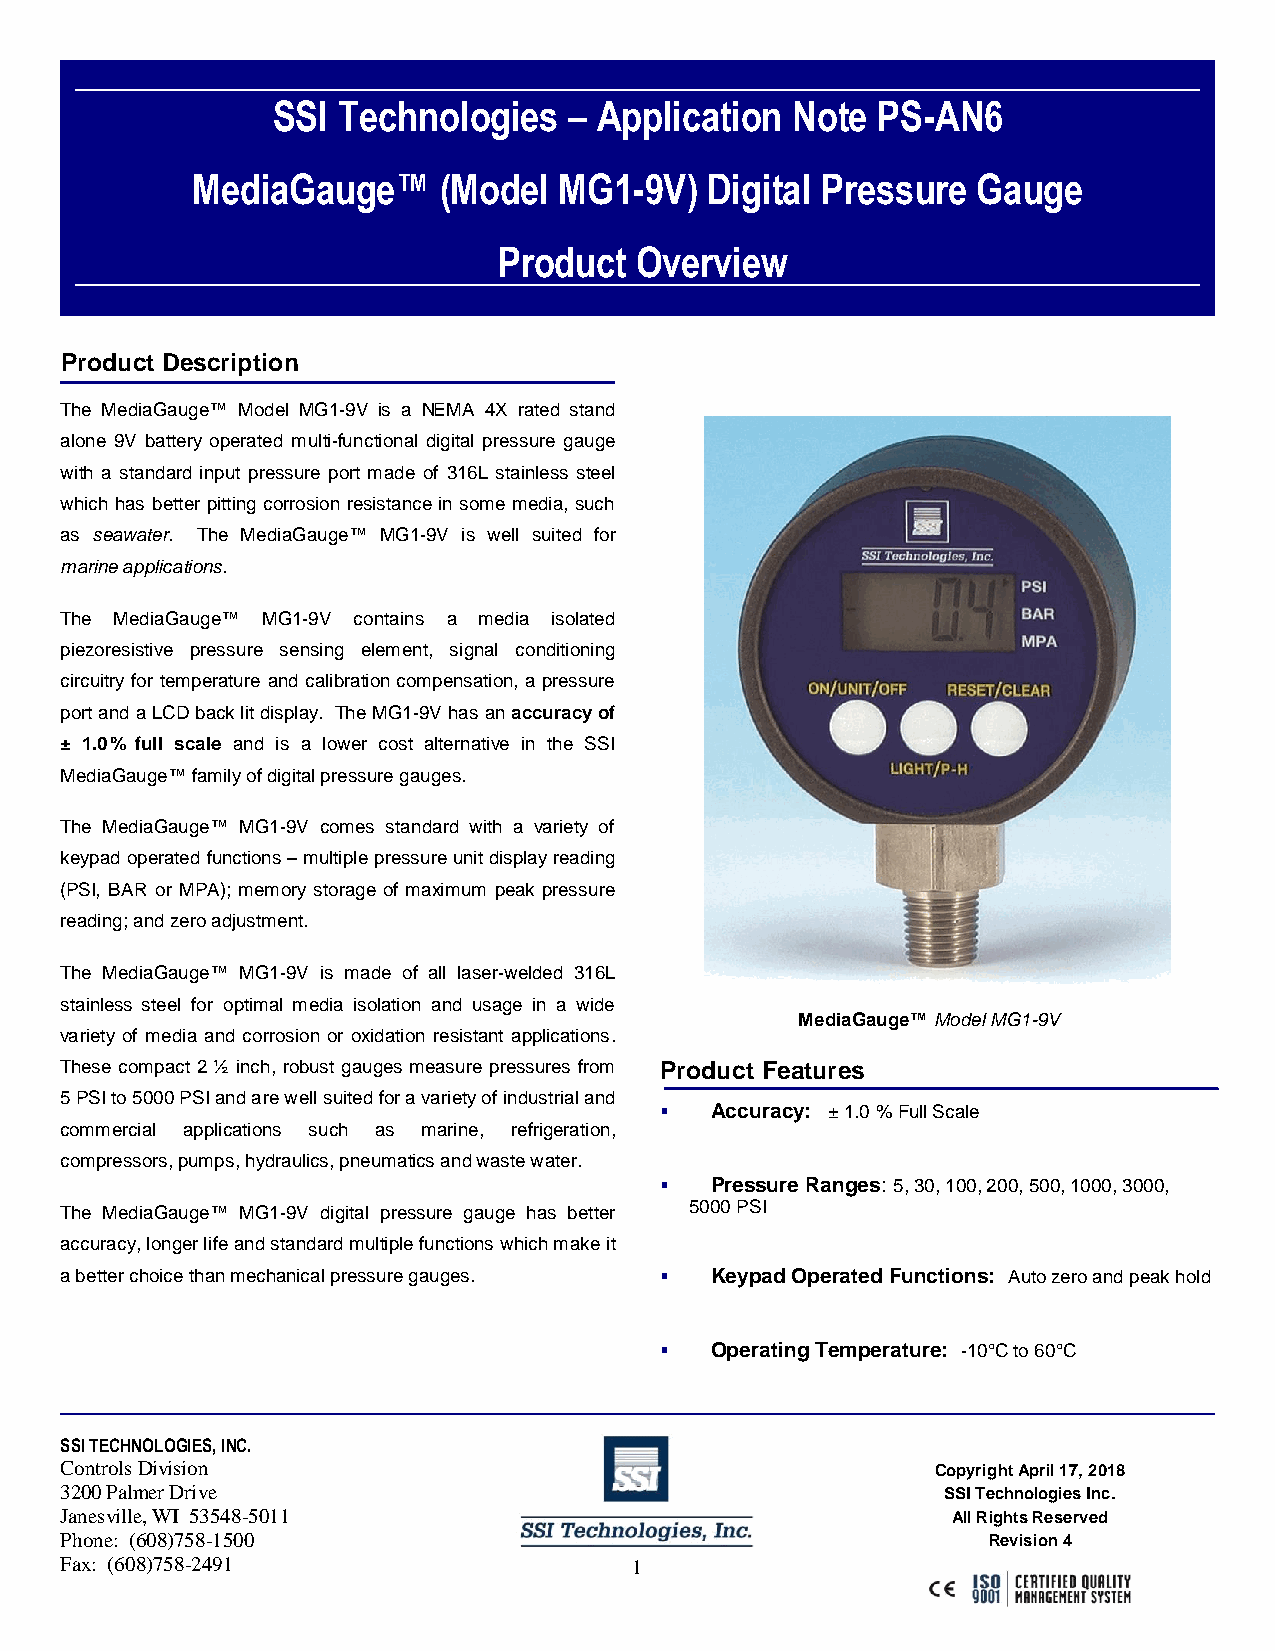
SSI Technologies    – Application Note  PS-AN6
 MediaGauge™     (Model  MG1-9V)   Digital Pressure  Gauge
 Product  Overview
 Product Description
 The MediaGauge™ Model MG1-9V is a NEMA 4X rated stand
 alone 9V battery operated multi-functional digital pressure gauge
 with a standard input pressure port made of 316L stainless steel
 which has better pitting corrosion resistance in some media, such
 as seawater. The MediaGauge™ MG1-9V is well suited for
 marine applications.
 The MediaGauge™ MG1-9V contains a media isolated
 piezoresistive pressure sensing element, signal conditioning
 circuitry for temperature and calibration compensation, a pressure
 port and a LCD back lit display. The MG1-9V has an accuracy of
 ± 1.0% full scale and is a lower cost alternative in the SSI
 MediaGauge™ family of digital pressure gauges.
 The MediaGauge™ MG1-9V comes standard with a variety of
 keypad operated functions – multiple pressure unit display reading
 (PSI, BAR or MPA); memory storage of maximum peak pressure
 reading; and zero adjustment.
 The MediaGauge™ MG1-9V is made of all laser-welded 316L
 stainless steel for optimal media isolation and usage in a wide
 MediaGauge™ Model MG1-9V
 variety of media and corrosion or oxidation resistant applications.
 These compact 2 ½ inch, robust gauges measure pressures from Product Features
 5 PSI to 5000 PSI and are well suited for a variety of industrial and
 ▪  Accuracy: ± 1.0 % Full Scale
 commercial applications such as marine, refrigeration,
 compressors, pumps, hydraulics, pneumatics and waste water.
 ▪  Pressure Ranges: 5, 30, 100, 200, 500, 1000, 3000,
 The MediaGauge™ MG1-9V digital pressure gauge has better 5000 PSI
 accuracy, longer life and standard multiple functions which make it
 a better choice than mechanical pressure gauges. ▪ Keypad Operated Functions: Auto zero and peak hold
 ▪  Operating Temperature: -10°C to 60°C
 SSI TECHNOLOGIES, INC.
 Controls Division                                         Copyright April 17, 2018
 3200 Palmer Drive                                          SSI Technologies Inc.
 Janesville, WI 53548-5011                                  All Rights Reserved
 Phone: (608)758-1500                                         Revision 4
 Fax: (608)758-2491                    1